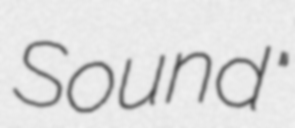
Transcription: Sound"